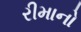
રીમાનો